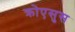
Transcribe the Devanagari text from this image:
क्रोएसुस